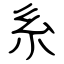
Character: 系